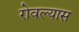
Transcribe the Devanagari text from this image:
रोवल्यास